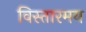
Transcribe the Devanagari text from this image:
विस्तारमय